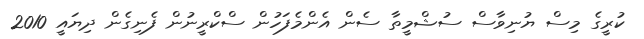
ކުރީގެ މިސް ޔުނިވާސް ސުޝްމީތާ ސެން އެންމެފަހުން ސްކްރީނުން ފެނިގެން ދިޔައީ 2010